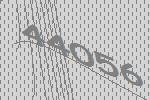
44056